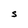
Character: S